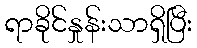
ရာခိုင်နှုန်းသာရှိပြီး